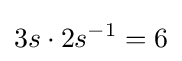
3s\cdot 2s^{-1}=6